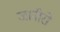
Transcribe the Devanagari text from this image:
जानीरो